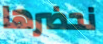
نحضرها